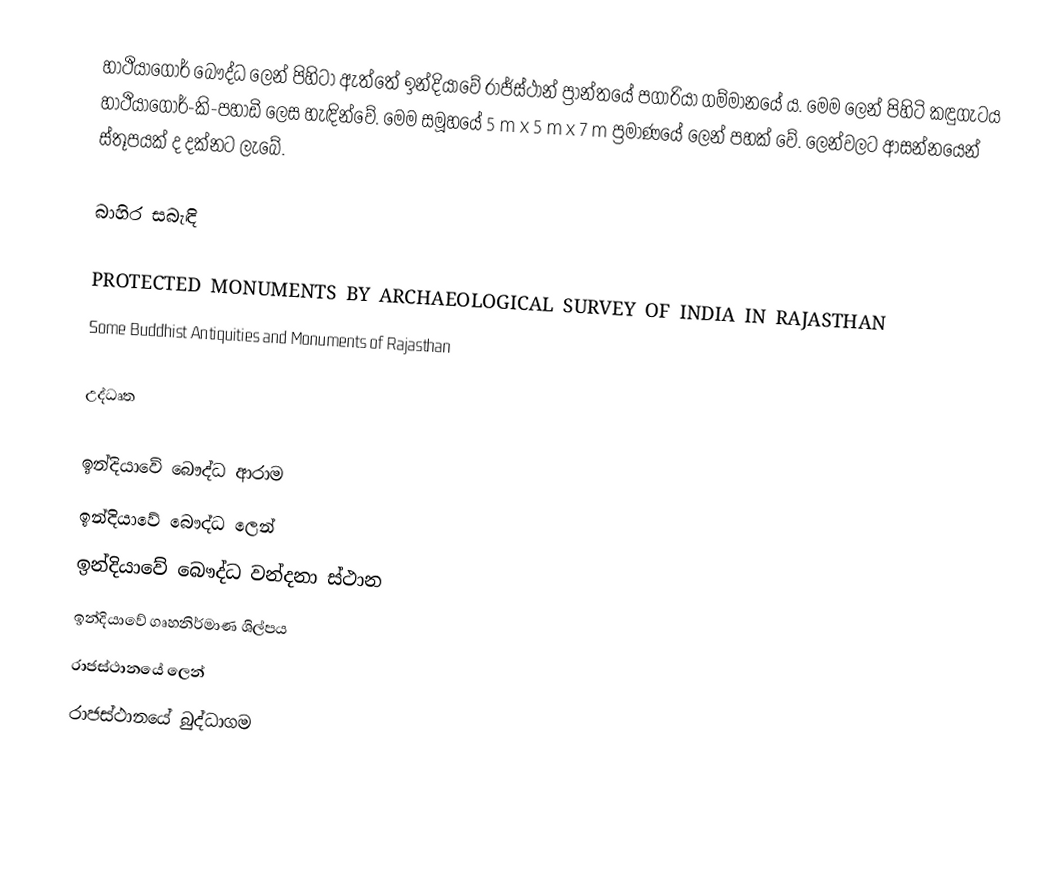
හාථියාගෝර් බෞද්ධ ලෙන් පිහිටා ඇත්තේ ඉන්දියාවේ රාජ්ස්ථාන් ප්‍රාන්තයේ පගාරියා ගම්මානයේ ය. මෙම ලෙන් පිහිටි කඳුගැටය හාථියාගෝර්-කි-පහාඩි ලෙස හැඳින්වේ. මෙම සමූහයේ 5 m x 5 m x 7 m ප්‍රමාණයේ ලෙන් පහක් වේ. ලෙන්වලට ආසන්නයෙන් ස්තූපයක් ද දක්නට ලැබේ.

බාහිර සබැඳි

PROTECTED MONUMENTS BY ARCHAEOLOGICAL SURVEY OF INDIA IN RAJASTHAN
Some Buddhist Antiquities and Monuments of Rajasthan

උද්ධෘත

ඉන්දියාවේ බෞද්ධ ආරාම
ඉන්දියාවේ බෞද්ධ ලෙන්
ඉන්දියාවේ බෞද්ධ වන්දනා ස්ථාන
ඉන්දියාවේ ගෘහනිර්මාණ ශිල්පය
රාජස්ථානයේ ලෙන්
රාජස්ථානයේ බුද්ධාගම